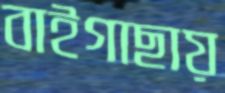
বাইগাছায়